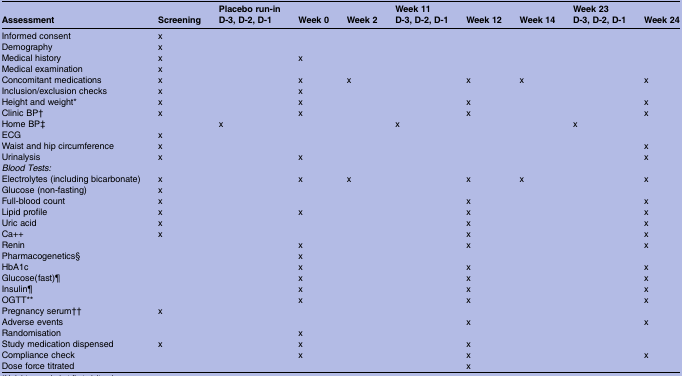
| Assessment | Screening | Placebo run-inD-3, D-2, D-1 | Week 0 | Week 2 | Week 11D-3, D-2, D-1 | Week 12 | Week 14 | Week 23D-3, D-2, D-1 | Week 24 |
 | --- | --- | --- | --- | --- | --- | --- | --- | --- | --- |
 | Informed consent | x |  |  |  |  |  |  |  |  |
 | Demography | x |  |  |  |  |  |  |  |  |
 | Medical history | x |  | x |  |  |  |  |  |  |
 | Medical examination | x |  |  |  |  |  |  |  |  |
 | Concomitant medications | x |  | x | x |  | x | x |  | x |
 | Inclusion/exclusion checks | x |  | x |  |  |  |  |  |  |
 | Height and weight* | x |  | x |  |  | x |  |  | x |
 | Clinic BP† | x |  | x |  |  | x |  |  | x |
 | Home BP‡ |  | x |  |  | x |  |  | x |  |
 | ECG | x |  |  |  |  |  |  |  |  |
 | Waist and hip circumference | x |  |  |  |  |  |  |  | x |
 | Urinalysis | x |  | x |  |  |  |  |  | x |
 | Blood Tests: |  |  |  |  |  |  |  |  |  |
 | Electrolytes (including bicarbonate) | x |  | x | x |  | x | x |  | x |
 | Glucose (non-fasting) | x |  |  |  |  |  |  |  |  |
 | Full-blood count | x |  |  |  |  | x |  |  | x |
 | Lipid profile | x |  | x |  |  | x |  |  | x |
 | Uric acid | x |  |  |  |  | x |  |  | x |
 | Ca++ | x |  |  |  |  | x |  |  | x |
 | Renin |  |  | x |  |  | x |  |  | x |
 | Pharmacogenetics§ |  |  | x |  |  |  |  |  |  |
 | HbA1c |  |  | x |  |  | x |  |  | x |
 | Glucose(fast)¶ |  |  | x |  |  | x |  |  | x |
 | Insulin¶ |  |  | x |  |  | x |  |  | x |
 | OGTT** |  |  | x |  |  | x |  |  | x |
 | Pregnancy serum†† | x |  |  |  |  |  |  |  |  |
 | Adverse events |  |  |  |  |  | x |  |  | x |
 | Randomisation |  |  | x |  |  |  |  |  |  |
 | Study medication dispensed | x |  | x |  |  | x |  |  |  |
 | Compliance check |  |  | x |  |  | x |  |  | x |
 | Dose force titrated |  |  |  |  |  | x |  |  |  |